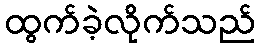
ထွက်ခဲ့လိုက်သည်